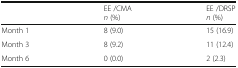
<table><thead><tr><td></td><td><b>EE /CMA<i>n</i> (%)</b></td><td><b>EE /DRSP<i>n</i> (%)</b></td></tr></thead><tbody><tr><td>Month 1</td><td>8 (9.0)</td><td>15 (16.9)</td></tr><tr><td>Month 3</td><td>8 (9.2)</td><td>11 (12.4)</td></tr><tr><td>Month 6</td><td>0 (0.0)</td><td>2 (2.3)</td></tr></tbody></table>